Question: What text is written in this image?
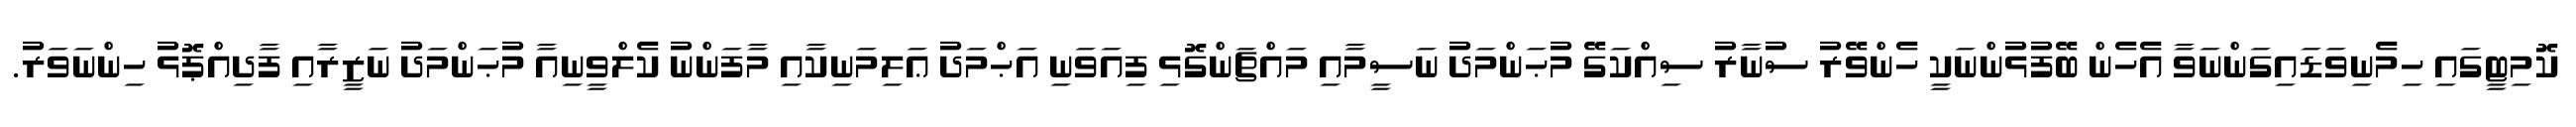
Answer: ކޮމިޓީގައި ހިމެނިވަޑައިގަންނަވާ އެހެން ބޭފުޅުންނަކީ ހެންވޭރު ސުނާރު ސިއްކަގޭ މުޙަންމަދު ނަސީމާއި މައްޗަންގޮޅި ފިއަވަނި އަޙްމަދު ޢަލިމަނިކާއި މާފަންނު ކެލްވީނިއާ މުޙަންމަދު ނަޒީރާއި ފާދިއްޕޮޅު ހިންނަވަރު.